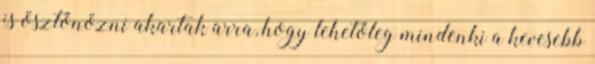
is ösztönözni akartak arra, hogy lehetőleg mindenki a kevesebb